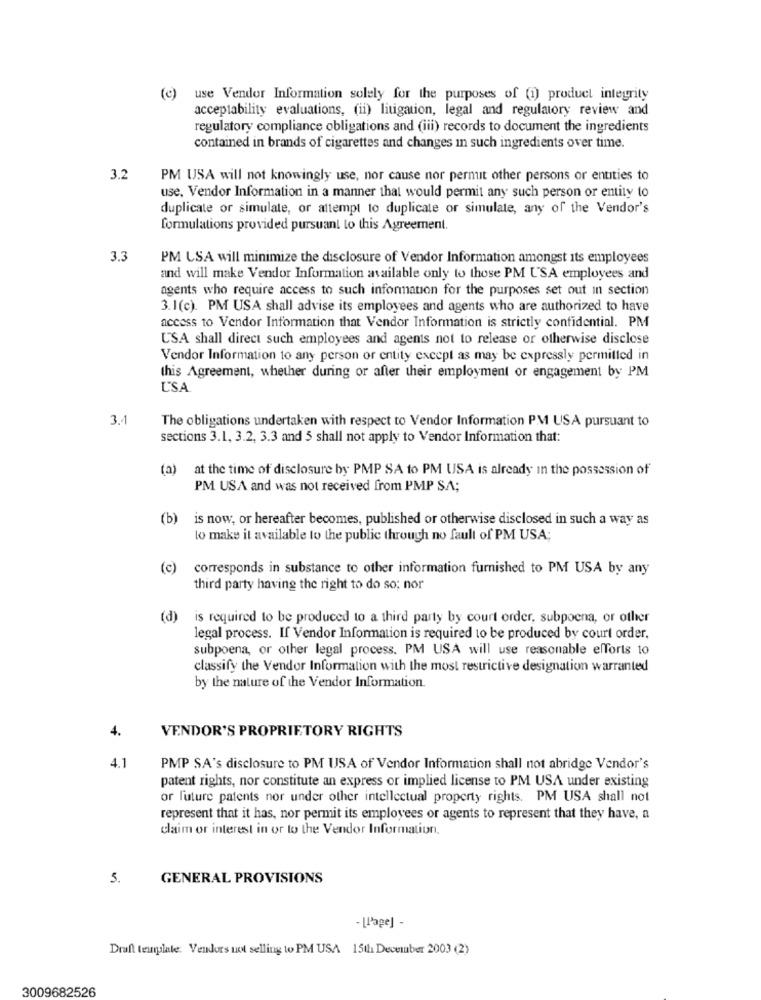
(c)
use Vendor Information solely for the purposes of (i) product integrity
acceptability evaluations, (ii) litigation, legal and regulatory review and
regulatory compliance obligations and (iii) records to document the ingredients
contained in brands of cigarettes and changes in such ingredients over time.
3.2
PM USA will not knowingly use, nor cause nor pernut other persons or entities to
use, Vendor Information in a manner that would permit any such person or entity to
duplicate or simulate, or attempt to duplicate or simulate, any of the Vendor's
formulations provided pursuant to this Agreement.
3.3
PM USA will minimize the disclosure of Vendor Information amongst its employees
and will make Vendor Information available only to those PM USA employees and
agents who require access to such information for the purposes set out in section
3.1(c). PM USA shall advise its employees and agents who are authorized to have
access to Vendor Information that Vendor Information is strictly confidential. PM
USA shall direct such employees and agents not to release or otherwise disclose
Vendor Information to any person or entity except as may be expressly permitted in
this Agreement, whether during or after their employment or engagement by PM
USA
3.1
The obligations undertaken with respect to Vendor Information PM USA pursuant to
sections 3.1, 3.2, 3.3 and 5 shall not apply to Vendor Information that:
(a)
at the time of disclosure by PMP SA to PM USA is already in the possession of
PM USA and was not received from PMP SA;
(b)
is now, or hereafter becomes, published or otherwise disclosed in such a way as
to make it available to the public through no fault of PM USA;
(c)
corresponds in substance to other information furnished to PM USA by any
third party having the right to do so; nor
(d)
is required to be produced to a third party by court order, subpoena, or other
legal process. If Vendor Information is required to be produced by court order,
subpoena, or other legal process. PM USA will use reasonable efforts 10
classify the Vendor Information with the most restrictive designation warranted
by the nature of the Vendor Information.
4.
VENDOR'S PROPRIETORY RIGHTS
4.1
PMP SA's disclosure to PM USA of Vendor Information shall not abridge Vendor's
patent rights, nor constitute an express or implied license to PM USA under existing
or future patents nor under other intellectual property rights. PM USA shall not
represent that it has, nor permit its employees or agents to represent that they have, a
claim or interest in or to the Vendor Information.
5.
GENERAL PROVISIONS
- [Page] -
Draft template. Vendors not selling to PM USA 15th December 2003 (2)
3009682526